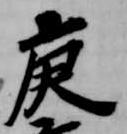
庚